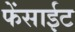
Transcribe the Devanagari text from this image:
फेंसाईट